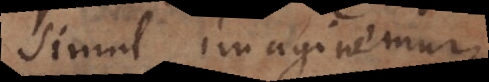
simul imaginemur,